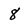
Character: 8